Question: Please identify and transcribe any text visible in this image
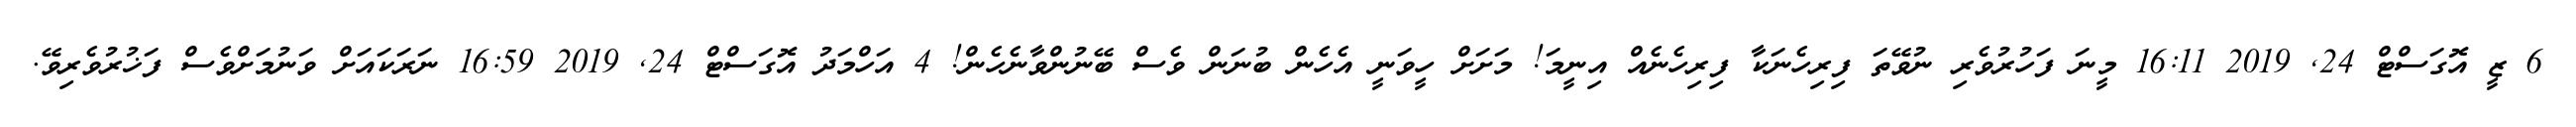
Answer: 6 ޒީ އޮގަސްޓް 24, 2019 16:11 މީނަ ފަހުރުވެރި ނުވޭތަ ފިރިހެނަކާ ފިރިހެނެއް އިނީމަ! މަށަށް ހީވަނީ އެހެން ބުނަން ވެސް ބޭނުންވާނެހެން! 4 އަހްމަދު އޮގަސްޓް 24, 2019 16:59 ނަރަކައަށް ވަނުމަށްވެސް ފަޚުރުވެރިވޭ.